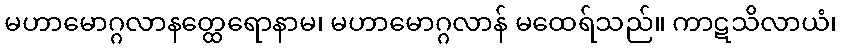
မဟာမောဂ္ဂလာနတ္ထေရောနာမ၊ မဟာမောဂ္ဂလာန် မထေရ်သည်။ ကာဋသိလာယံ၊